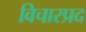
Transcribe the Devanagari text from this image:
विचारप्रद